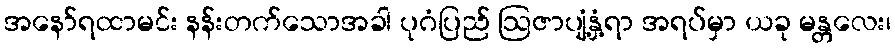
အနော်ရထာမင်း နန်းတက်သောအခါ ပုဂံပြည် ဩဇာပျံ့နှံ့ရာ အရပ်မှာ ယခု မန္တလေး၊